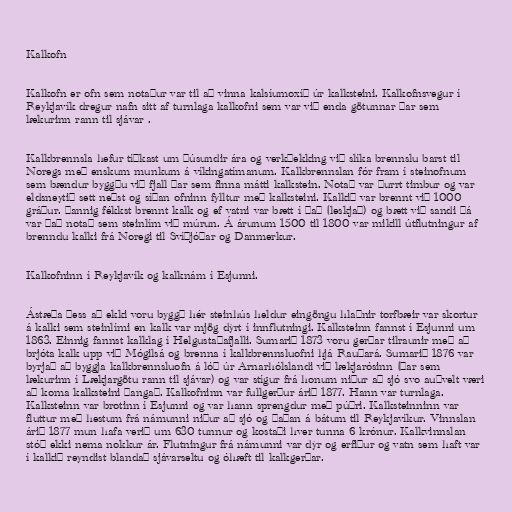
Kalkofn

Kalkofn er ofn sem notaður var til að vinna kalsíumoxíð úr kalksteini. Kalkofnsvegur í
Reykjavík dregur nafn sitt af turnlaga kalkofni sem var við enda götunnar þar sem
lækurinn rann til sjávar .

Kalkbrennsla hefur tíðkast um þúsundir ára og verkþekking við slíka brennslu barst til
Noregs með enskum munkum á víkingatímanum. Kalkbrennslan fór fram í steinofnum
sem bændur byggðu við fjall þar sem finna mátti kalkstein. Notað var þurrt timbur og var
eldsneytið sett neðst og síðan ofninn fylltur með kalksteini. Kalkið var brennt við 1000
gráður. Þannig fékkst brennt kalk og ef vatni var bætt í það (leskjað) og bætt við sandi þá
var það notað sem steinlím við múrun. Á árunum 1500 til 1800 var mikill útflutningur af
brenndu kalki frá Noregi til Svíþjóðar og Danmerkur.

Kalkofninn í Reykjavík og kalknám í Esjunni.

Ástæða þess að ekki voru byggð hér steinhús heldur eingöngu hlaðnir torfbæir var skortur
á kalki sem steinlími en kalk var mjög dýrt í innflutningi. Kalksteinn fannst í Esjunni um
1863. Einnig fannst kalklag í Helgustaðafjalli. Sumarið 1873 voru gerðar tilraunir með að
brjóta kalk upp við Mógilsá og brenna í kalkbrennsluofni hjá Rauðará. Sumarið 1876 var
byrjað að byggja kalkbrennsluofn á lóð úr Arnarhólslandi við lækjarósinn (Þar sem
lækurinn í Lækjargötu rann til sjávar) og var stígur frá honum niður að sjó svo auðvelt væri
að koma kalksteini þangað. Kalkofninn var fullgerður árið 1877. Hann var turnlaga.
Kalksteinn var brotinn í Esjunni og var hann sprengdur með púðri. Kalksteinninn var
fluttur með hestum frá námunni niður að sjó og þaðan á bátum til Reykjavíkur. Vinnslan
árið 1877 mun hafa verið um 630 tunnur og kostaði hver tunna 6 krónur. Kalkvinnslan
stóð ekki nema nokkur ár. Flutningur frá námunni var dýr og erfiður og vatn sem haft var
í kalkið reyndist blandað sjávarseltu og óhæft til kalkgerðar.